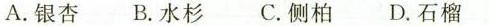
A.银杏B.水杉 C.侧柏 D.石榴